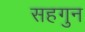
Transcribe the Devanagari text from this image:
सहगुन